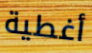
أغطية